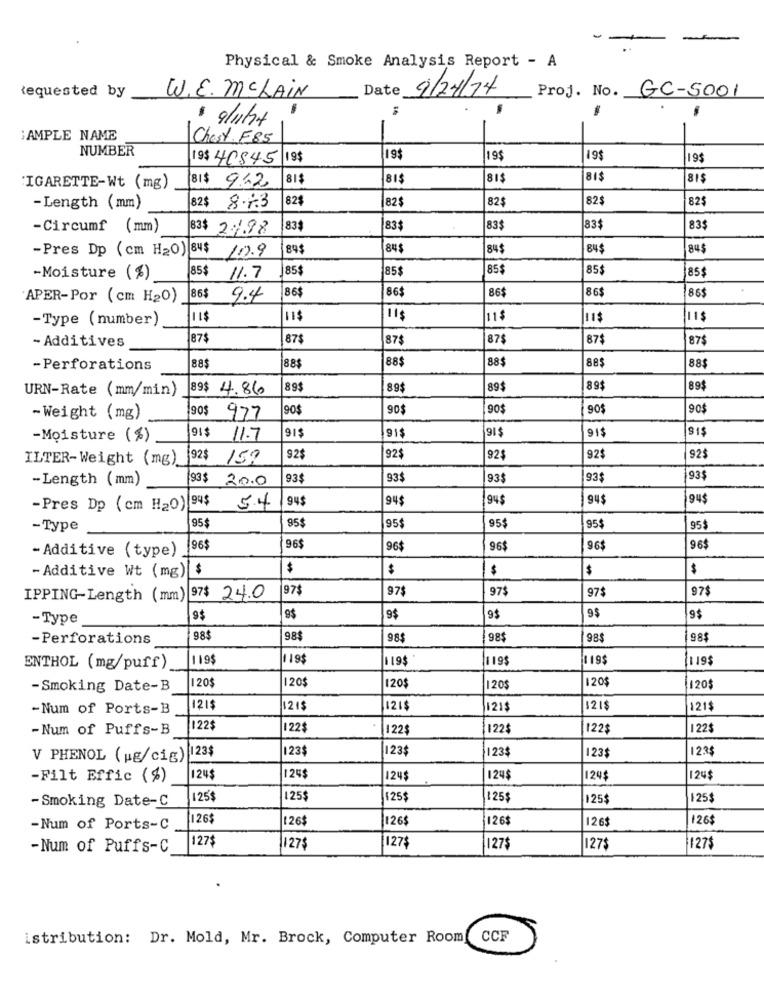
Physical & Smoke Analysis Report - A
Requested by
Date 9/24/24
Proj. No. GC-5001
W.E. MCLAIN
-
· 9/11ht
; AMPLE NAME
Chest F85
NUMBER
19$ 40545 19$
19$
19$
19$
19$
81$
81$
81$
81$
81$
CIGARETTE-Wt (mg)
81$ 942
82$
82$
82$
82$
-Length (mm)
82$ 8.7.3
82$
-Circumf (mm)
83$ 2%.98
83$
83$
83$
83$
83$
-Pres Dp (cm H2O) 84$ 100.9
84$
84$
84$
84$
84$
85$
85$
85$
85€
85$
85$
-Moisture (%)
11.7
86$
86$
86$
86$
APER-Por (cm H20)
86$
9.4
86$
-Type (number)
11$
11$
115
11$
11$
11$
- Additives
|87$
87$
87$
87$
87$
87$
88$
88$
-Perforations
88$
88$
88$
88$
URN-Rate (mm/min)
89$ 4.86
89$
89$
89$
89$
89$
90$
90$
90$
90$
90$
90$
- Weight (mg)
977
91$
91$
$1$
-Moisture (%)
11.7
91$
91$
91$
ILTER-Weight (mg).
92$
159
92$
92$
92$
92$
92$
-Length (mm)
93$ 20.0
93$
93$
935
93$
93$
94$
94$
94$
94$
94$
-Pres Dp (cm H20) 945
5.4
-Type
95$
95$
95$
95$
95$
95$
- Additive (type)
96$
96$
96$
96$
96$
96$
- Additive Wt (mg)|
$
$
$
$
97$
97$
975
97$
97$
IPPING-Length (mm) 97$ 24.0
-Type
9$
9$
9$
9$
9$
9$
-Perforations
98$
98$
98$
98$
98$
98$
119$
19$
1199
|119
119$
119$
ENTHOL (mg/puff)
120$
120$
-Smoking Date-B
120$
120$
120$
120
-Num of Ports-B
121$
121$
121$
121$
121$
121$
- Num of Puffs-B
122$
122$
122$
122$
122$
122$
123$
23$
123$
1235
V PHENOL ( pg/cig) 123$
123$
-Filt Effic (4)
124
124$
124
124$
124$
124$
-Smoking Date-C
125$
125$
125$
125$
125$
125
126
126$
26$
126$
126$
126$
-Num of Ports-C
127$
-Num of Puffs-C
127$
127$
1275
127$
127$
istribution: Dr. Mold, Mr. Brock, Computer Room
CCF